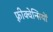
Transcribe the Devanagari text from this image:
फ़्रीक्वेन्सियों